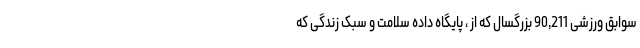
سوابق ورزشی 90,211 بزرگسال که از ، پایگاه داده سلامت و سبک زندگی که